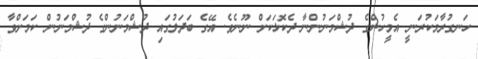
ހަނގުރާމަކުރަނީ އެމީހުންގެ ދުޝްމަނުންނާ ދެކޮޅަކަށް ނޫނެވެ. އޭގެ ބަދަލުގައި ދުޝްމަނުންގެ ދުޝްމަނުން ކަމަށްވާ